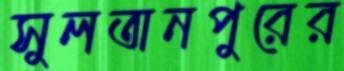
সুলতানপুরের